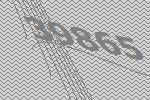
39865